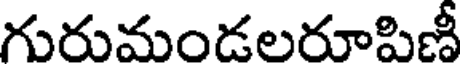
గురుమండలరూపిణీ